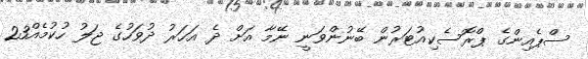
ސްޕެއިންގެ ޕްރޮސެކިއުޓަރުން ބޭނުންވަނީ ނޭމާ އަށް ދެ އަހަރު ދުވަހުގެ ޖަލު ހުކުމެއް23